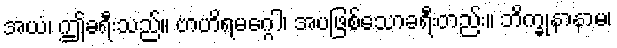
အယံ၊ ဤခရီးသည်။ ဗာဟိရမဂ္ဂေါ၊ အပဖြစ်သောခရီးတည်း။ ဘိက္ခုနာနာမ၊